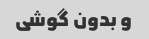
و بدون گوشی